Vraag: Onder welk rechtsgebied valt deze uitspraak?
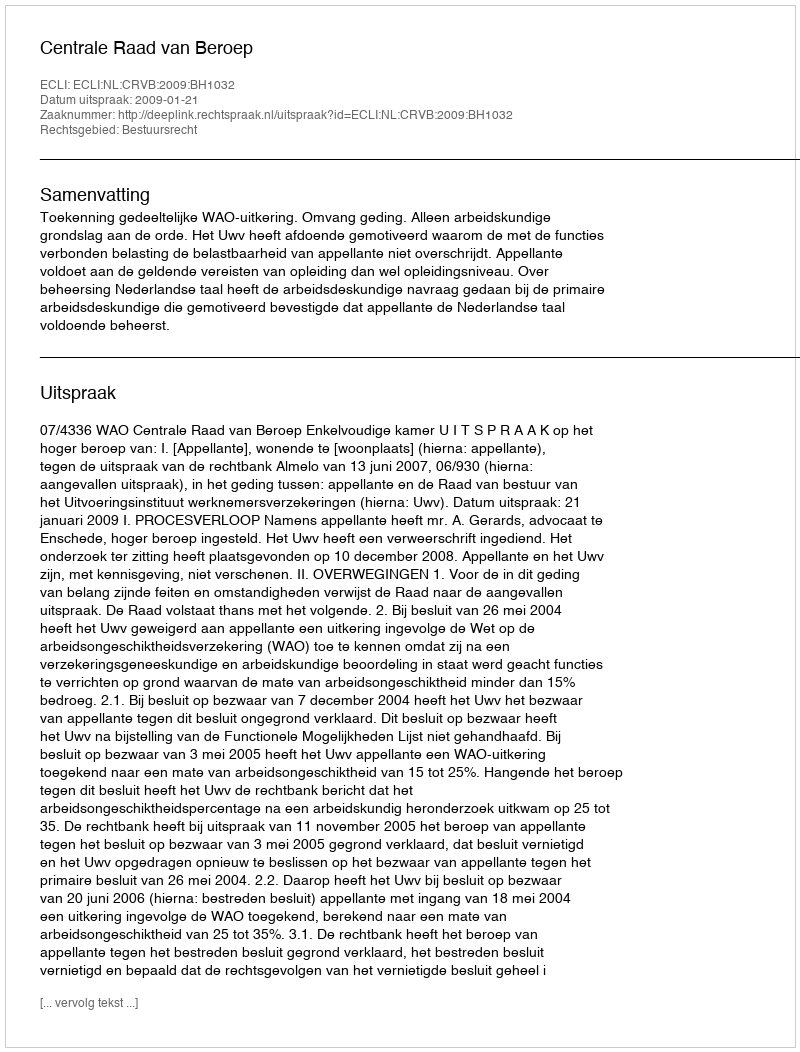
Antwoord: Bestuursrecht